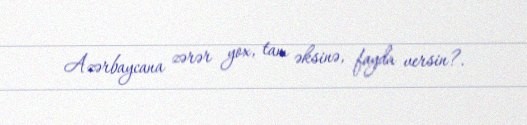
Azərbaycana zərər yox, tam əksinə, fayda versin?.